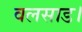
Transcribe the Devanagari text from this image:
वलसाड।